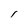
Character: I